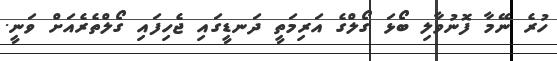
ހުރެ ނޭމާ ފޮނުވާލި ބޯޅަ ގޯލްގެ އަރިމަތީ ދަނޑީގައި ޖެހިފައި ގޯލްތެރެއަށް ވަނީ.